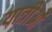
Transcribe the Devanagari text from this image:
यात्रीओं